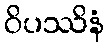
ဝိပဿိနံ